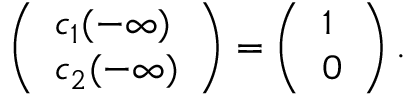
\left( \begin{array} { l } { c _ { 1 } ( - \infty ) } \\ { c _ { 2 } ( - \infty ) } \end{array} \right) = \left( \begin{array} { l } { 1 } \\ { 0 } \end{array} \right) .